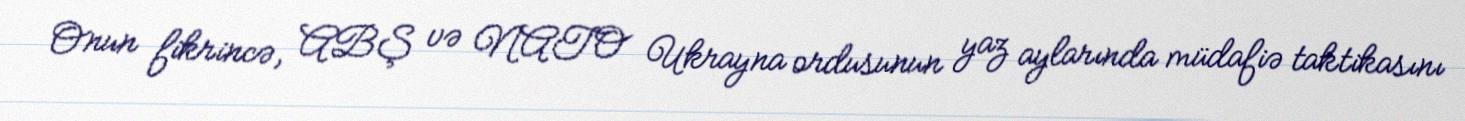
Onun fikrincə, ABŞ və NATO Ukrayna ordusunun yaz aylarında müdafiə taktikasını